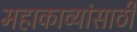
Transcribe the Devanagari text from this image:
महाकाव्यांसाठी